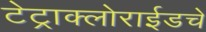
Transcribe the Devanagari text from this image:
टेट्राक्लोराईडचे